Annual report on the working of the mental hospitals in the Madras Presidency - 1912-1932
Year: 1912
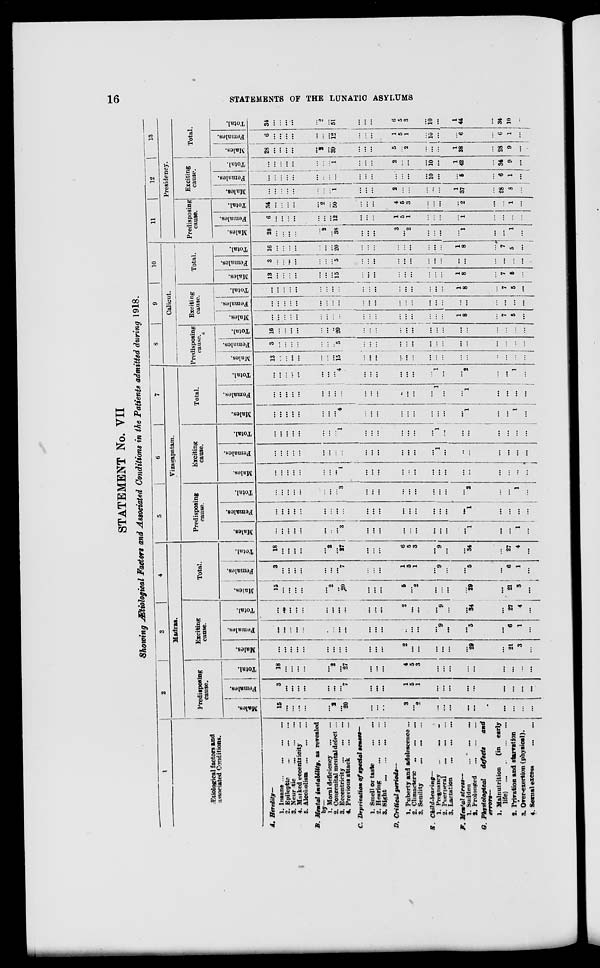
16
STATEMENTS OF THE LUNATIC ASYLUMS
STATEMENT No, VII
Showing Ætiological Factors and Associated Conditions in the Patients admitted during 1918.
1
Ætiological factors and
associated Conditions.
A. Heredity—
1. Insane ... ... ... ...
2. Epileptic
...
...
...
3. Neuratic
...
...
...
4. Maked eccentricity ...
5. Alcoholism
...
...
...
B. Mental instability, as revealed
by—
1. Moral deficiency
...
...
2. Congenital mental defect ...
3. Eccentricity
...
...
...
4. Previous attack ... ...
C. Deprisation of special senses—
1. Smell or taste
...
...
2. Hearing
...
...
...
3. Sight
...
...
...
...
D. Critical periods—
1. Puberty and adolescence ...
2. Climacteric
...
...
...
3. Senility
...
...
...
E.
Child-bearing—
1.Pregnency
...
...
...
2. Puerperal
...
...
...
3. Lactation
...
...
...
F. Mental stress—
1. Sudden
...
...
...
S. Prolonged
...
...
...
G. Physiological defects and
errors—
1. Malnutrition
(in early
life)
...
...
...
...
2. Privation and starvation
3. Over-exertion (physical).
4. Sexual excess
...
...
2
3
4
Madras.
Predisposing
cause.
Males.
15
...
...
...
...
...
2
...
20
...
...
...
3
...
2
...
...
...
...
...
...
...
...
...
Females.
3
...
...
...
...
...
...
...
7
...
...
...
1
5
1
...
...
...
...
...
...
...
...
...
Total.
18
...
...
...
...
...
2
...
27
...
...
...
4
5
3
...
...
...
...
...
...
...
...
Exciting
cause.
Males.
...
...
...
...
...
...
...
...
...
...
...
...
2
...
...
...
...
...
...
29
...
21
3
...
Females.
...
...
...
...
...
...
...
...
...
...
...
...
...
...
...
...
9
...
...
5
...
6
1
...
Total.
...
...
...
...
...
...
...
...
...
...
...
2
...
...
...
9
...
...
34
...
27
4
...
Total.
Males.
15
...
...
...
...
...
2
...
20
...
...
...
5
...
2
...
...
...
29
...
21
3
...
Females.
3
...
...
...
...
...
... ...
7
...
...
...
1
5
1
...
9
...
...
5
...
6
1
...
Total.
18
...
...
...
...
...
2
...
27
...
...
...
6
5
3
...
9
...
...
34
...
27
4
...
5
6
7
Vizagapatam.
Predisposing
cause.
Males.
...
...
...
...
...
...
...
...
3
...
...
...
...
...
...
...
...
...
...
1
...
...
1
...
Females.
...
...
...
...
...
...
...
...
...
...
...
...
...
...
...
...
...
...
...
1
...
...
...
...
Total.
...
...
...
...
...
...
...
...
3
...
...
...
...
...
...
...
...
...
...
2
...
...
1
...
Exciting
cause.
Males.
...
...
...
...
...
...
...
...
1
...
...
...
...
...
...
...
...
...
...
...
...
...
...
...
Females.
...
...
...
...
...
...
...
...
...
...
...
...
...
...
...
...
1
...
...
...
...
...
...
...
Total.
...
...
...
...
...
...
...
...
1
...
...
...
...
...
...
...
1
...
... ...
...
...
...
...
Total.
Males.
...
...
...
...
...
...
...
...
4
...
...
...
...
...
...
...
... ...
...
1
...
...
1
...
Females.
...
...
...
...
...
...
...
...
...
...
...
...
...
...
...
...
1
...
...
1
...
...
...
...
Total.
...
...
...
...
...
...
...
...
4
...
...
...
...
...
...
...
1
...
...
2
...
...
1
...
8
9
10
Calicut.
Predisposing
cause.
Males.
13
...
...
...
...
...
...
...
15
...
...
...
...
...
...
...
...
...
...
...
...
...
...
...
Females.
3
...
...
...
...
...
...
...
5
...
...
...
...
...
...
...
...
...
...
...
...
...
...
...
Total.
16
...
...
...
...
...
...
...
20
...
...
...
...
...
...
...
...
...
...
...
...
...
...
...
Exciting
cause.
Males.
...
...
...
...
...
...
...
...
...
...
...
...
...
...
...
...
...
...
1
8
...
7
5
...
Females.
...
...
...
...
...
...
...
...
...
...
...
...
...
...
...
...
...
...
...
...
...
...
...
...
Total.
...
...
...
...
...
...
...
...
...
...
...
...
...
...
...
...
...
...
1
8
...
7
5
...
Total.
Males.
13
...
...
...
...
...
...
...
15
...
...
...
...
...
...
...
...
...
1
8
...
7
5
...
Females.
3
...
...
...
...
...
...
...
5
...
...
...
...
...
...
...
...
...
...
...
...
...
...
...
Total.
16
...
...
...
...
...
...
...
20
...
...
...
...
...
...
...
...
...
1
8
...
7
5
...
11
12
13
Presidency.
Predisposing
cause.
Males.
28
...
...
...
...
...
2
...
38
...
...
...
3
...
2
...
...
...
...
1
...
...
1
...
Females.
6
...
...
...
...
...
...
...
12
...
...
...
1
5
1
...
...
...
...
1
...
...
...
...
Total.
34
...
...
...
...
...
2
...
50
...
...
...
4
5
3
...
...
...
...
2
...
...
1
...
Exciting
cause.
Males.
...
...
...
...
...
...
...
...
1
...
...
...
2
...
...
...
...
...
1
37
...
28
8
...
Females.
...
...
...
...
...
...
...
...
...
...
...
...
...
...
...
...
10
...
...
5
...
6
1
...
Total.
...
...
...
...
...
...
...
...
1
...
...
...
2
...
...
...
10
...
1
42
...
34
9
....
Total.
Males.
28
...
...
...
...
...
2
...
39
...
...
...
5
...
2
...
...
...
1
38
...
28
9
...
Females.
6
...
...
...
...
...
...
...
12
...
...
...
1
5
1
...
10
...
...
6
...
6
1
...
Total.
34
...
...
...
...
...
2
...
51
...
...
...
6
5
3
...
10
...
1
44
...
34
10
...